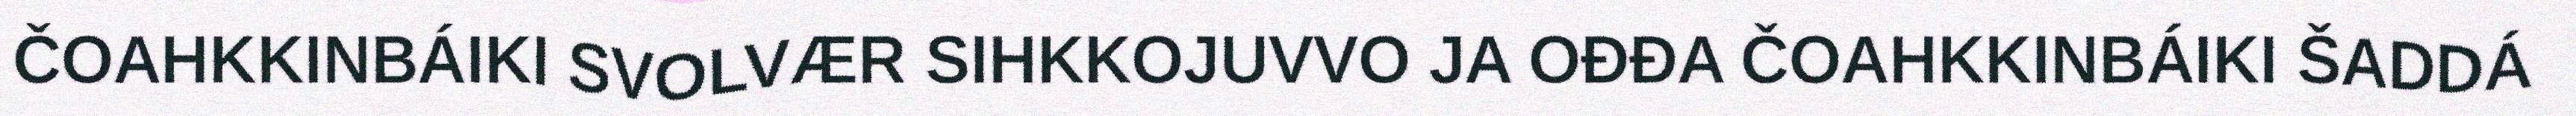
ČOAHKKINBÁIKI SVOLVÆR SIHKKOJUVVO JA OĐĐA ČOAHKKINBÁIKI ŠADDÁ